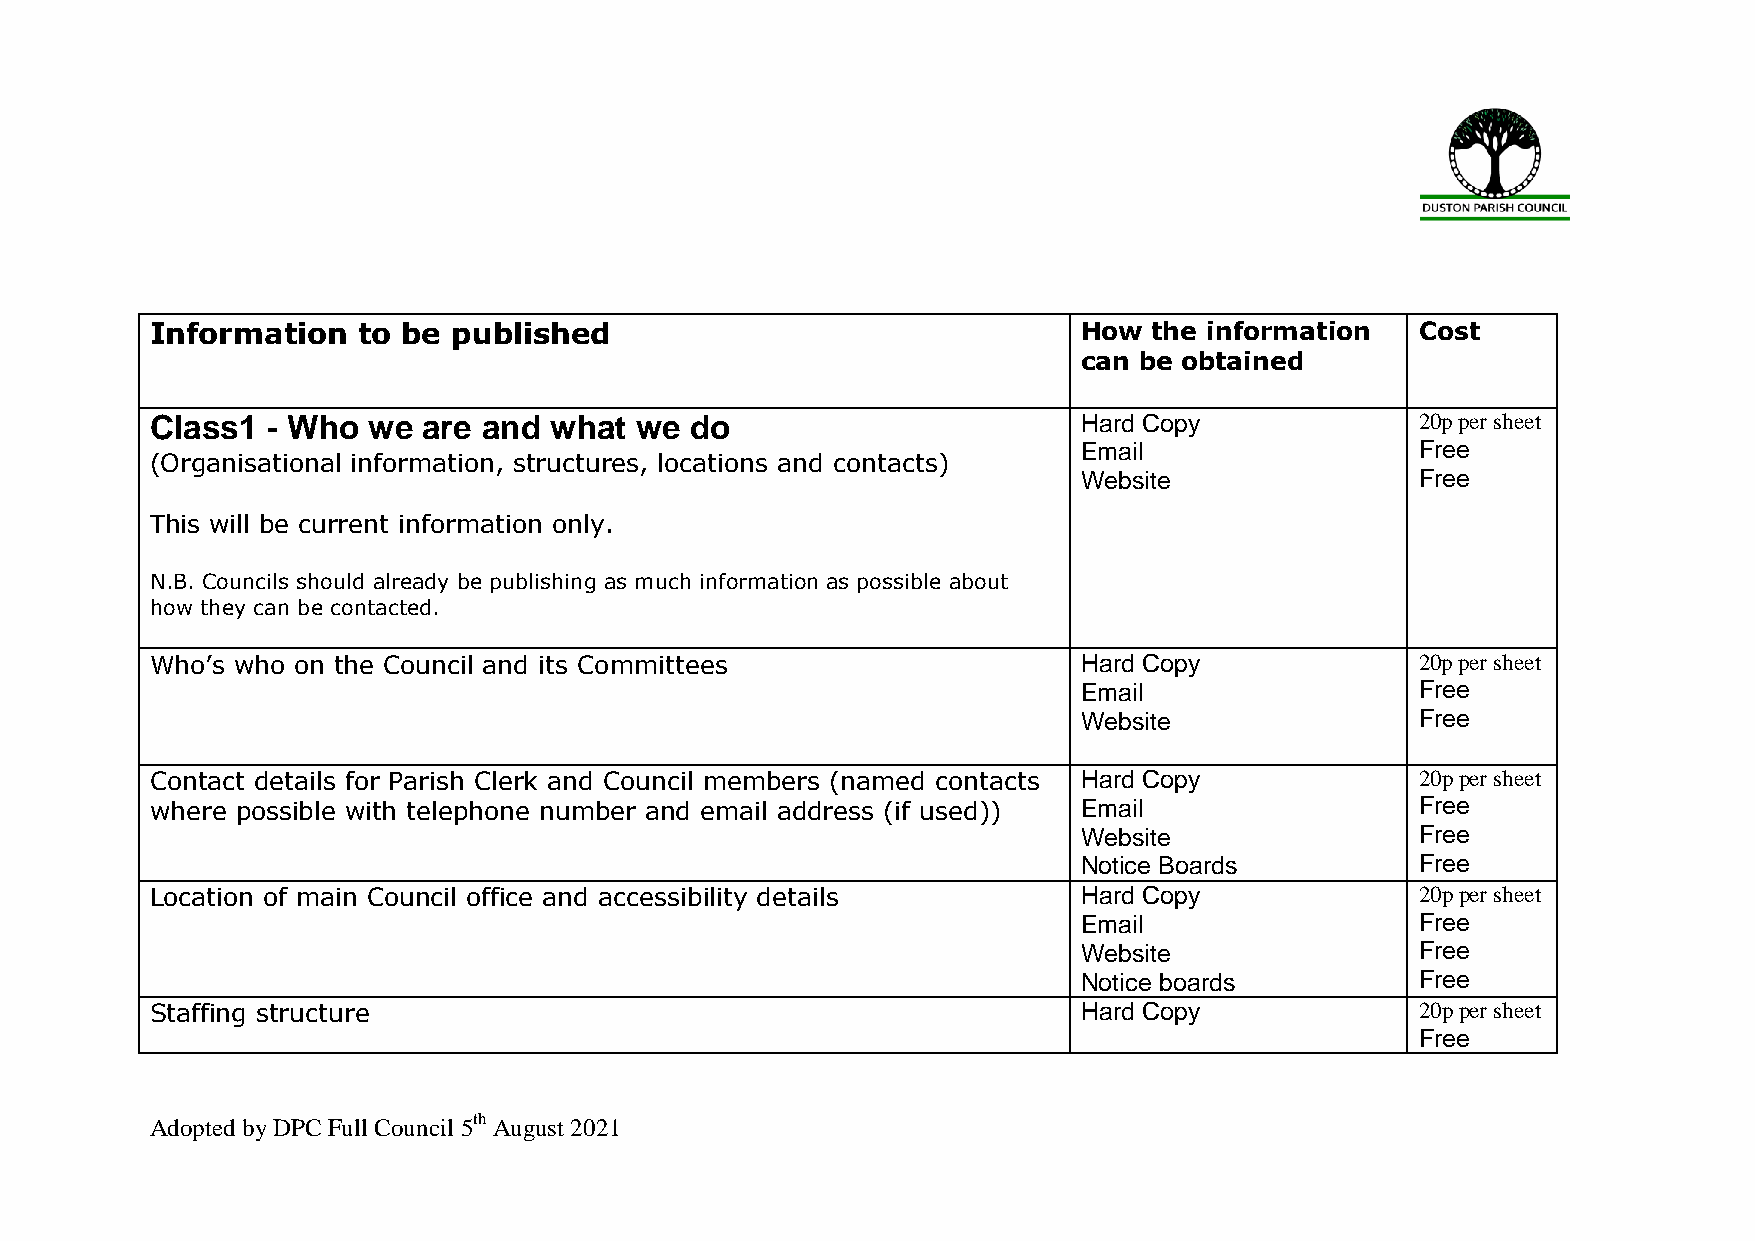
Information   to be published                                 How the information   Cost
 can be obtained
 Class1  - Who we  are and what  we  do                        Hard Copy             20p per sheet
 Email                 Free
 (Organisational information, structures, locations and contacts)
 Website               Free
 This will be current information only.
 N.B. Councils should already be publishing as much information as possible about
 how they can be contacted.
 Who’s who on the Council and its Committees                   Hard Copy             20p per sheet
 Email                 Free
 Website               Free
 Contact details for Parish Clerk and Council members (named contacts Hard Copy      20p per sheet
 where possible with telephone number and email address (if used)) Email             Free
 Website               Free
 Notice Boards         Free
 Location of main Council office and accessibility details     Hard Copy             20p per sheet
 Email                 Free
 Website               Free
 Notice boards         Free
 Staffing structure                                            Hard Copy             20p per sheet
 Free
 Adopted by DPC Full Council 5th August 2021